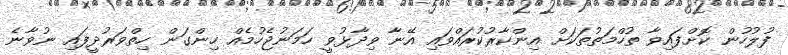
ފުލުހުން ކޮށްފައިވާ ތުހްމަތުތަކަށް އިންކާރުކުރައްވައި އޭނާ ވިދާޅުވީ ހަމަނުޖެހުމެއް ހިންގަން ހިތްވަރުދީފައި ނުވާނެ